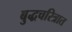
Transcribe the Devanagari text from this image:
बुद्धचरित्रात